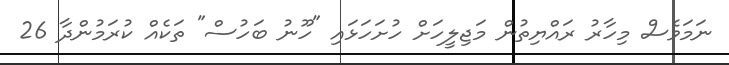
ނަމަވެސް މިހާރު ރައްޔިތުން މަޖިލީހަށް ހުށަހަޅައި "ހޫނު ބަހުސް" ތަކެއް ކުރަމުންދާ 26